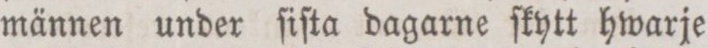
männen under ſiſta dagarne ſkytt hwarje